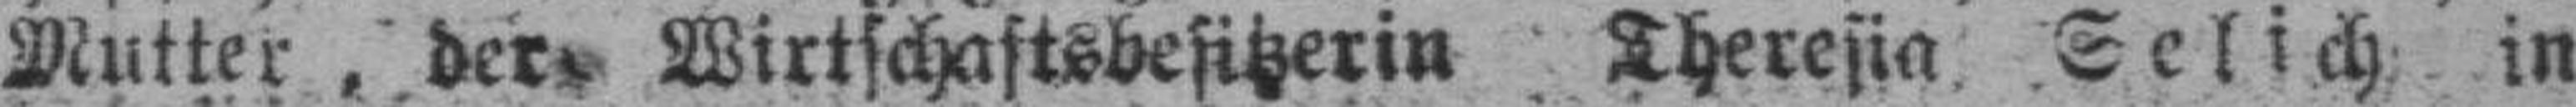
Mutter, der Wirtschaftsbesitzerin Theresia Selich in